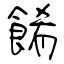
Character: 餚